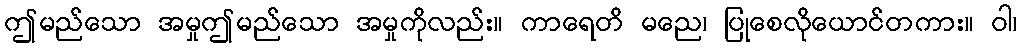
ဤမည်သော အမှုဤမည်သော အမှုကိုလည်း။ ကာရေတိ မညေ၊ ပြုစေလိုယောင်တကား။ ဝါ၊